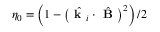
\eta _ { 0 } = \left( 1 - \left( \hat { \textbf { k } _ { i } } \cdot \hat { \textbf { B } } \right) ^ { 2 } \right) / 2